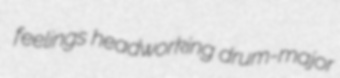
feelings headworking drum-major